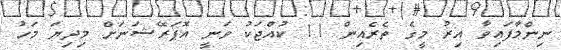
ނިންމާފައިވާ އިރު މީގެ ތެރެއިން 11 ކުއްޖަކު ވަނީ އޮޕަރޭޝަނަށް މިދިޔަ މަހު